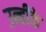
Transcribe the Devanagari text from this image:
उन्हीके